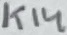
Text: K14